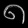
Digit: ၈